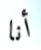
أنا